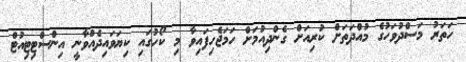
ހަތަރު މަސްދުވަހުގެ މުއްދަތަށް ކުރިއަށް ގެންދިއުމަށް ހަމަޖެހިފައިވާ މި ކޯހުގައި ކިޔަވައިދެއްވާނީ އިންސްޓިޓިއުޓް